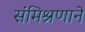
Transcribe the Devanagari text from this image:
संमिश्रणाने